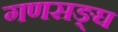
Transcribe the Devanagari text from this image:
गणसङ्घ